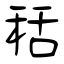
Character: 秳